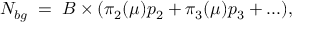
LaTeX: N _ { b g } \; = \; B \times ( \pi _ { 2 } ( \mu ) p _ { 2 } + \pi _ { 3 } ( \mu ) p _ { 3 } + . . . ) ,